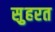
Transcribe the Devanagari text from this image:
स़ुहरत